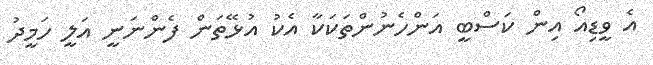
އެ ވީޑިއޯ އިން ކަސްބީ އަންހެނުންތަކަކާ އެކު އުޅޭތަން ފެންނަނީ އަލީ ހަމީދު